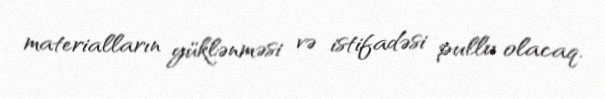
materialların yüklənməsi və istifadəsi pullu olacaq.